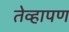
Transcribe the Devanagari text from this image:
तेव्हापण